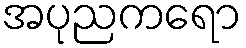
အပုညကရော